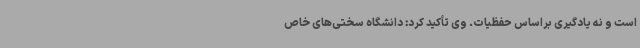
است و نه یادگیری براساس حفظیات. وی تأکید کرد: دانشگاه سختی‌های خاص